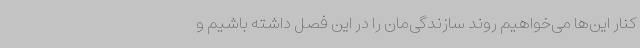
کنار این‌ها می‌خواهیم روند سازندگی‌مان را در این فصل داشته باشیم و